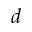
d